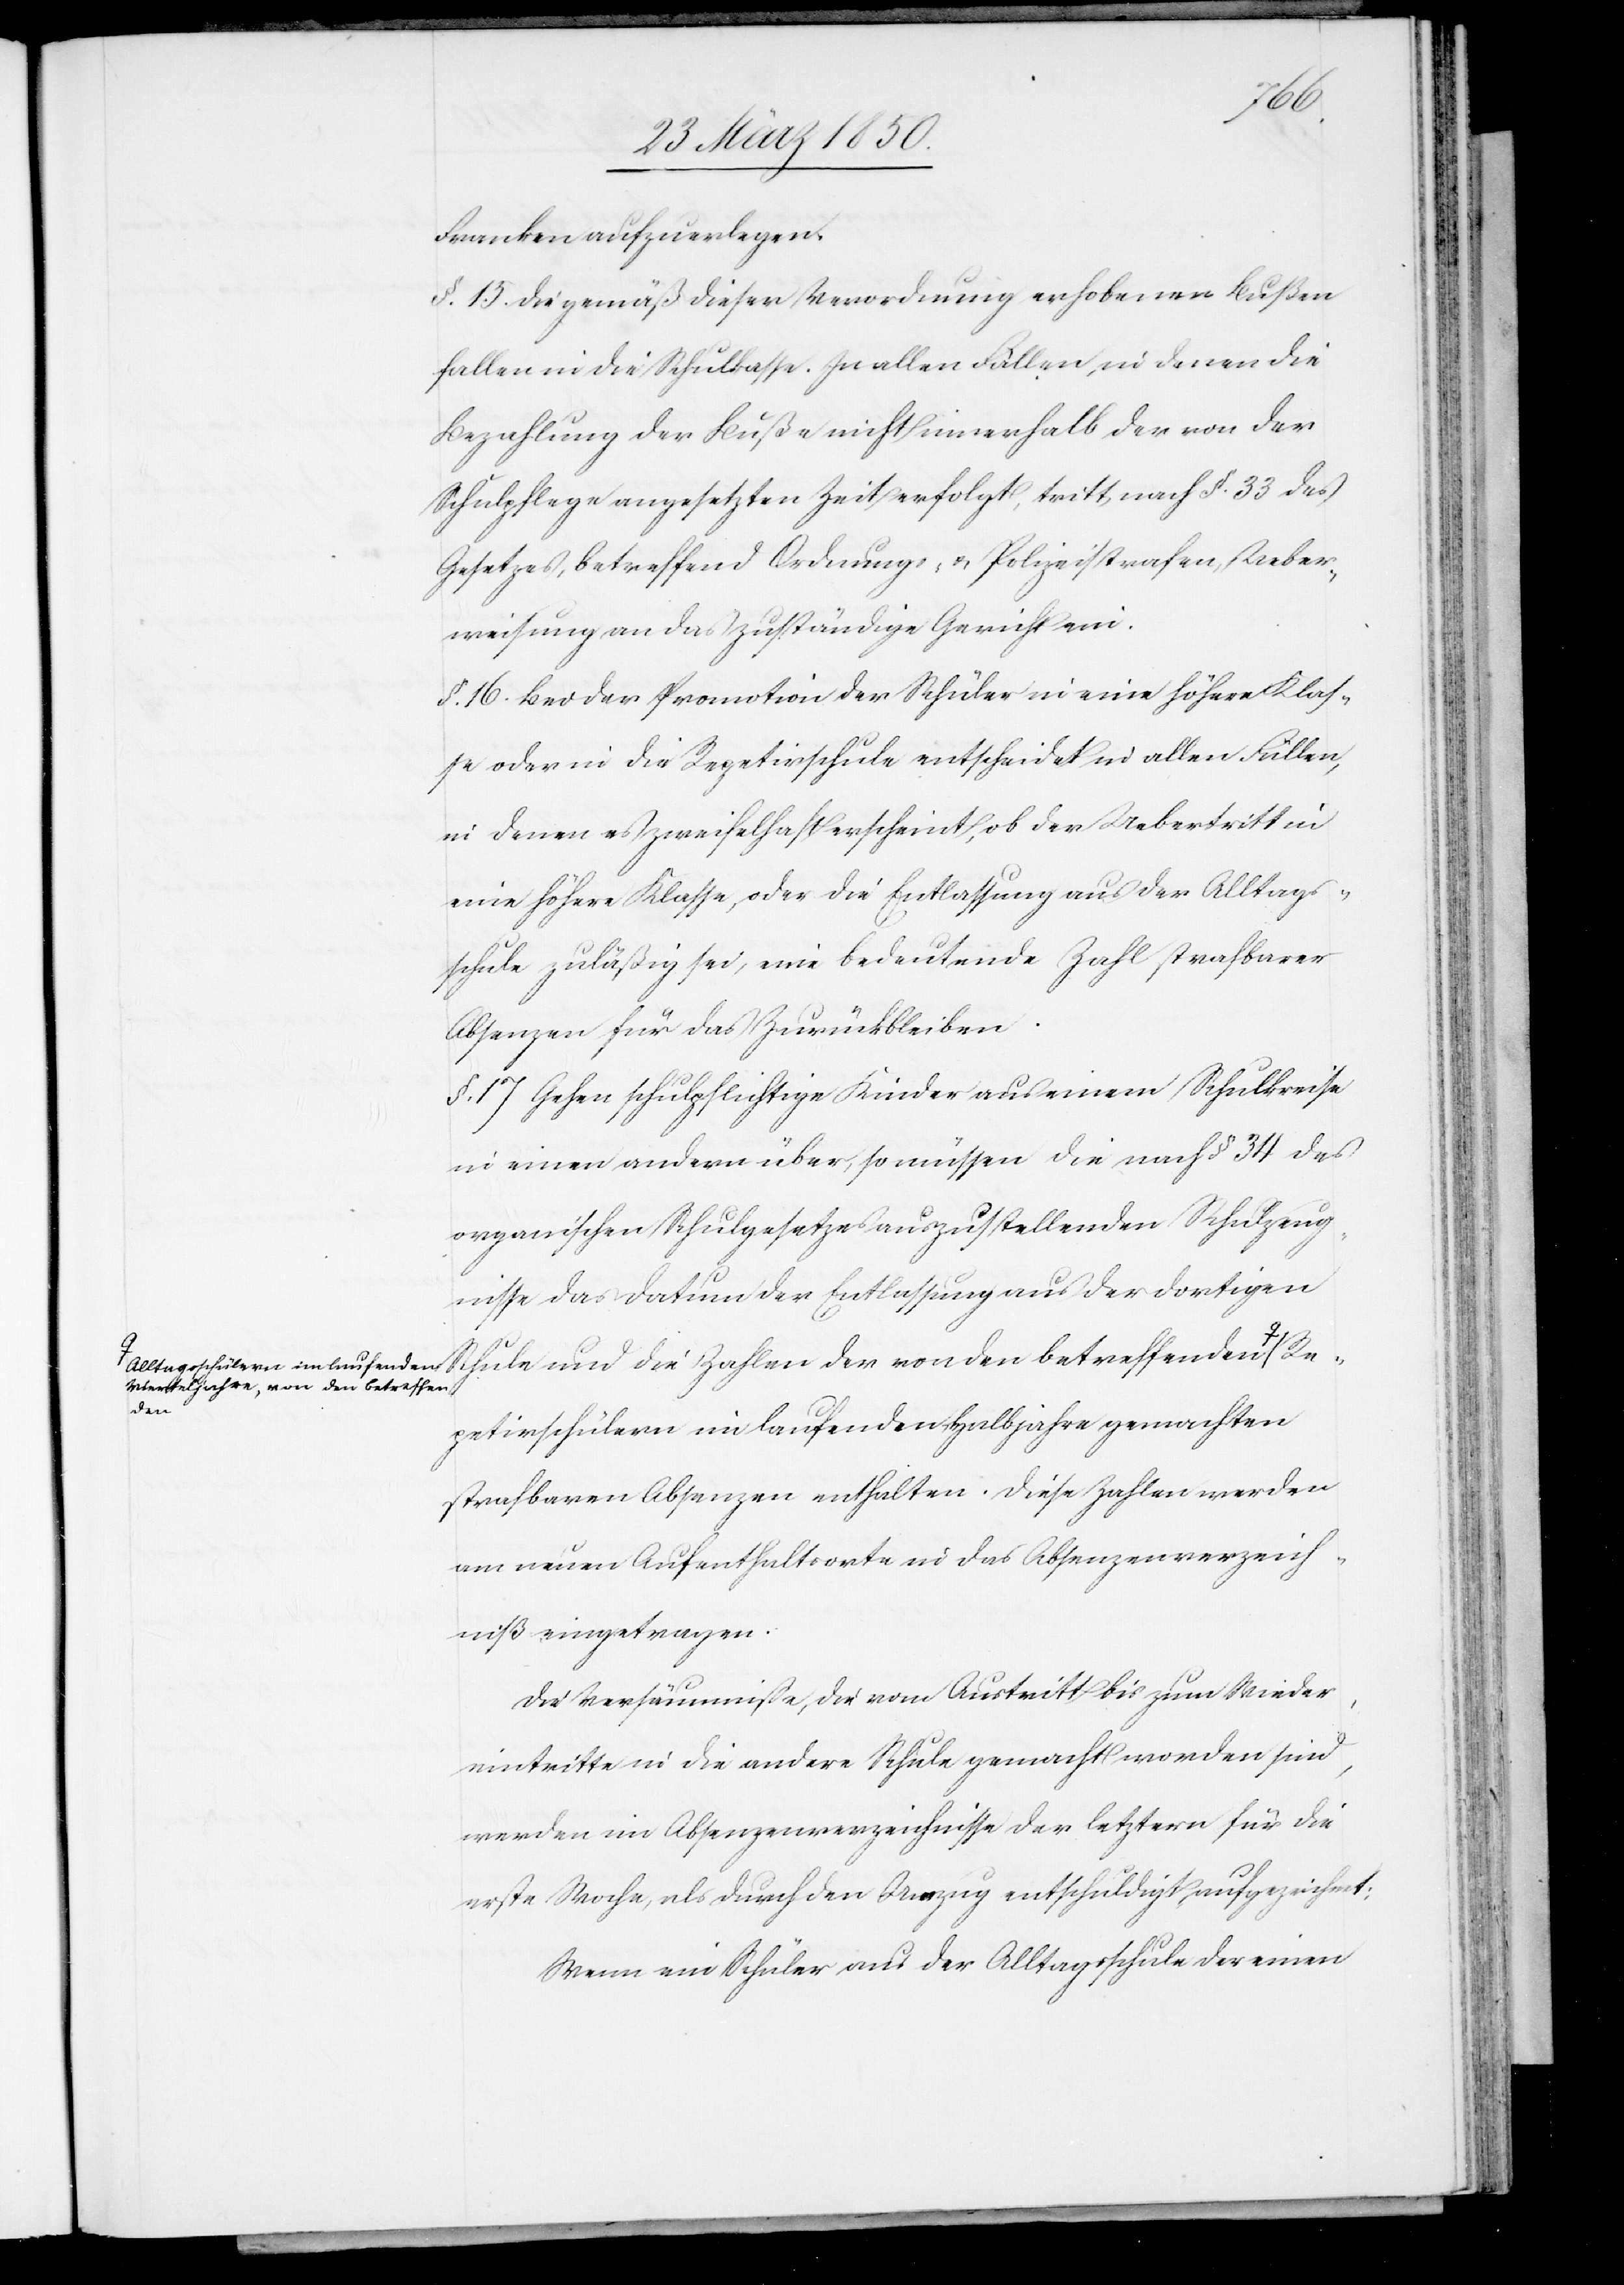
Franken aufzuerlegen.
§. 15. Die gemäß dieser Verordnung erhobenen Bußen
fallen in die Schulkasse. In allen Fällen, in denen die
Bezahlung der Buße nicht innerhalb der von der
Schulpflege angesetzten Zeit erfolgt, tritt nach §. 33 des
Gesetzes, betreffend Ordnungs- u. Polizeistrafen, Ueber¬
weisung an das zuständige Gericht ein.
§. 16. Bei der Promotion der Schüler in eine höhere Klas¬
se oder in die Repetirschule entscheidet in allen Fällen,
in denen es zweifelhaft erscheint, ob der Uebertritt in
eine höhere Klasse, oder die Entlassung aus der Alltags¬
schule zuläßig sei, eine bedeutende Zahl strafbarer
Absenzen für das Zurückbleiben.
§. 17 Gehen schulpflichtige Kinder aus einem Schulkreise
in einen andern über, so müssen die nach § 34 des
organischen Schulgesetzes auszustellenden Schulzeug¬
nisse das Datum der Entlassung aus der dortigen
Vierteljahre, von den betreffend¬
Re¬
petirschülern im laufenden Halbjahre gemachten
strafbaren Absenzen enthalten. Diese Zahlen werden
am neuen Aufenthaltsorte in das Absenzenverzeich¬
niß eingetragen.
Die Versäumniße, die vom Austritt bis zum Wieder¬
eintritte in die andere Schule gemacht worden sind,
werden im Absenzenverzeichnisse der letztern für die
erste Woche, als durch den Umzug entschuldigt aufgezeichnet:
Wenn ein Schüler aus der Alltagsschule der einen